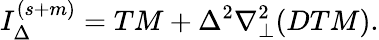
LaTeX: I_{\Delta}^{(s+m)}=TM+\Delta^{2}\nabla_{\perp}^{2}(DTM).